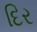
દિર